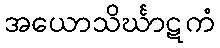
အယောသိင်္ဃာဋကံ